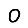
Digit: 0